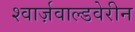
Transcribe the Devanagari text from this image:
श्वार्ज़वाल्डवेरीन